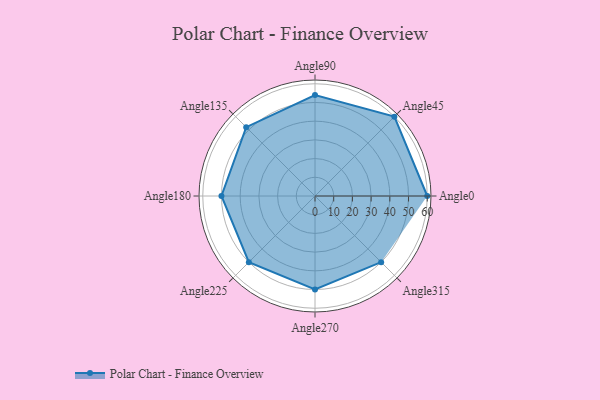
{"axis": {"x": "Angle", "y": "Radius"}, "legend": [""], "data": [{"x": "Angle0", "y": 60.0, "type": ""}, {"x": "Angle45", "y": 60.0, "type": ""}, {"x": "Angle90", "y": 54.0, "type": ""}, {"x": "Angle135", "y": 52.0, "type": ""}, {"x": "Angle180", "y": 50, "type": ""}, {"x": "Angle225", "y": 50, "type": ""}, {"x": "Angle270", "y": 50, "type": ""}, {"x": "Angle315", "y": 50.0, "type": ""}]}